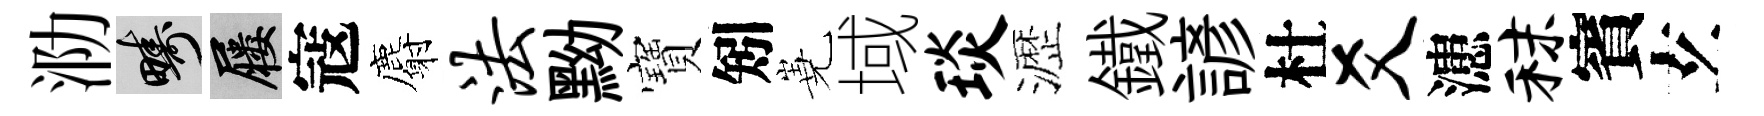
泐疇屨寇麝法黝寶矧嶤域琰瀝鐵諺杜爻漶秣賓𤣥